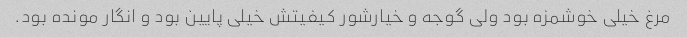
مرغ خیلی خوشمزه بود ولی گوجه و خیارشور کیفیتش خیلی پایین بود و انگار مونده بود.